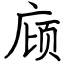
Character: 庼